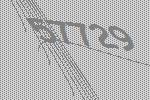
57729